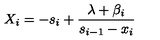
X _ { i } = - s _ { i } + \frac { \lambda + \beta _ { i } } { s _ { i - 1 } - x _ { i } } \,